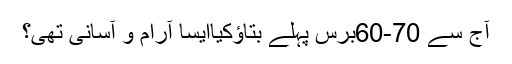
آج سے 70-60برس پہلے بتاؤکیاایسا آرام و آسانی تھی؟